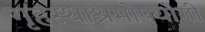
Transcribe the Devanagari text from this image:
गृहस्थाश्रमोपयोगी